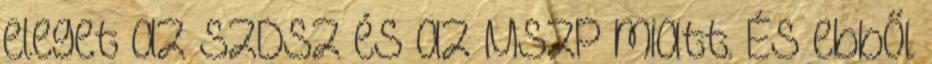
eleget az SZDSZ és az MSZP miatt. És ebből